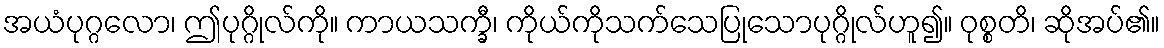
အယံပုဂ္ဂလော၊ ဤပုဂ္ဂိုလ်ကို။ ကာယသက္ခီ၊ ကိုယ်ကိုသက်သေပြုသောပုဂ္ဂိုလ်ဟူ၍။ ဝုစ္စတိ၊ ဆိုအပ်၏။